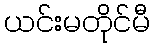
ယင်းမတိုင်မီ